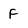
Character: F